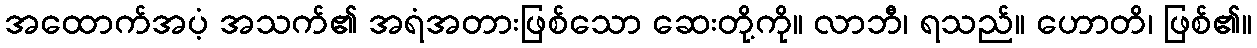
အထောက်အပံ့ အသက်၏ အရံအတားဖြစ်သော ဆေးတို့ကို။ လာဘီ၊ ရသည်။ ဟောတိ၊ ဖြစ်၏။